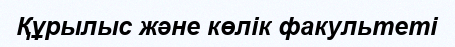
Құрылыс және көлік факультеті